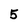
Character: 5